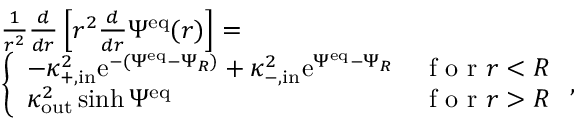
\begin{array} { r l } & { \frac { 1 } { r ^ { 2 } } \frac { d } { d r } \left[ r ^ { 2 } \frac { d } { d r } \Psi ^ { \mathrm { e q } } ( r ) \right] = } \\ & { \left\{ \begin{array} { l l } { - \kappa _ { + , \mathrm { i n } } ^ { 2 } \mathrm { e } ^ { - ( \Psi ^ { \mathrm { e q } } - \Psi _ { R } ) } + \kappa _ { - , \mathrm { i n } } ^ { 2 } \mathrm { e } ^ { \Psi ^ { \mathrm { e q } } - \Psi _ { R } } } & { \textrm { f o r } r < R } \\ { \kappa _ { \mathrm { o u t } } ^ { 2 } \sinh \Psi ^ { \mathrm { e q } } } & { \textrm { f o r } r > R } \end{array} \right. , } \end{array}